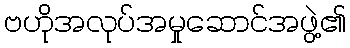
ဗဟိုအလုပ်အမှုဆောင်အဖွဲ့၏